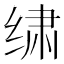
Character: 𰬩